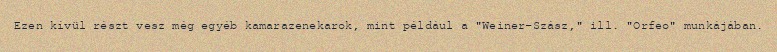
Ezen kívül részt vesz még egyéb kamarazenekarok, mint például a "Weiner-Szász," ill. "Orfeo" munkájában.